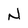
Character: N